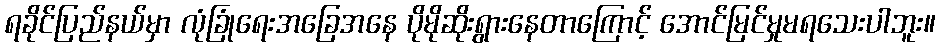
ရခိုင်ပြည်နယ်မှာ လုံခြုံရေးအခြေအနေ ပိုမိုဆိုးရွားနေတာကြောင့် အောင်မြင်မှုမရသေးပါဘူး။